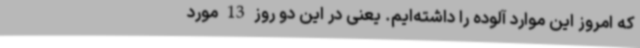
که امروز این موارد آلوده را داشته‌ایم. یعنی در این دو روز 13 مورد